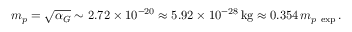
m _ { p } = \sqrt { \alpha _ { G } } \sim 2 . 7 2 \times 1 0 ^ { - 2 0 } \approx 5 . 9 2 \times 1 0 ^ { - 2 8 } \, \mathrm { k g } \approx 0 . 3 5 4 \, m _ { p \ \mathrm { e x p } } \, .